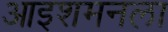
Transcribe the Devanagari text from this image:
आइशमनला